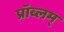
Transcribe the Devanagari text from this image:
प्रॉब्लम्